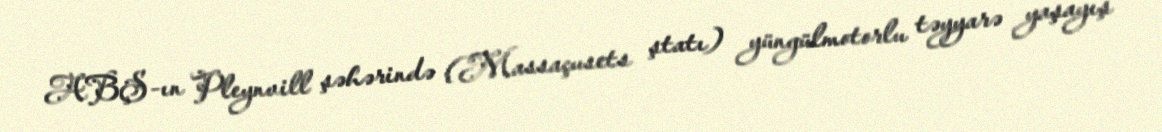
ABŞ-ın Pleynvill şəhərində (Massaçusets ştatı) yüngülmotorlu təyyarə yaşayış